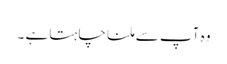
وہ آپ سے ملنا چاہتا ہے ۔